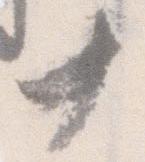
十